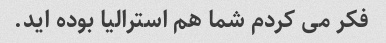
فکر می کردم شما هم استرالیا بوده اید.